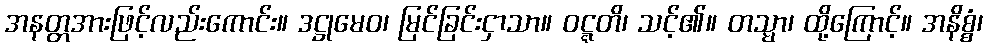
အနတ္တအားဖြင့်လည်းကောင်း။ ဒဋ္ဌုမေဝ၊ မြင်ခြင်းငှာသာ။ ဝဋ္ဋတိ၊ သင့်၏။ တသ္မာ၊ ထို့ကြောင့်။ အနိစ္စံ၊